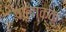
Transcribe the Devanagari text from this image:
पालाक्कु